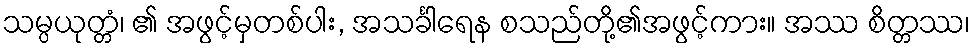
သမ္ပယုတ္တံ၊ ၏ အဖွင့်မှတစ်ပါး, အသင်္ခါရေန စသည်တို့၏အဖွင့်ကား။ အဿ စိတ္တဿ၊